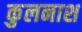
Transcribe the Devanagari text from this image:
कुलनाश